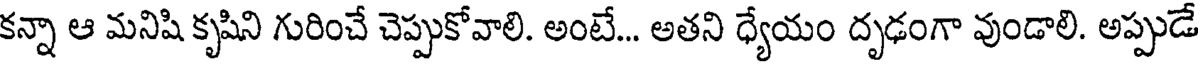
కన్నా ఆ మనిషి కృషిని గురించే చెప్పుకోవాలి. అంటే... అతని ధ్యేయం దృఢంగా వుండాలి. అప్పుడే